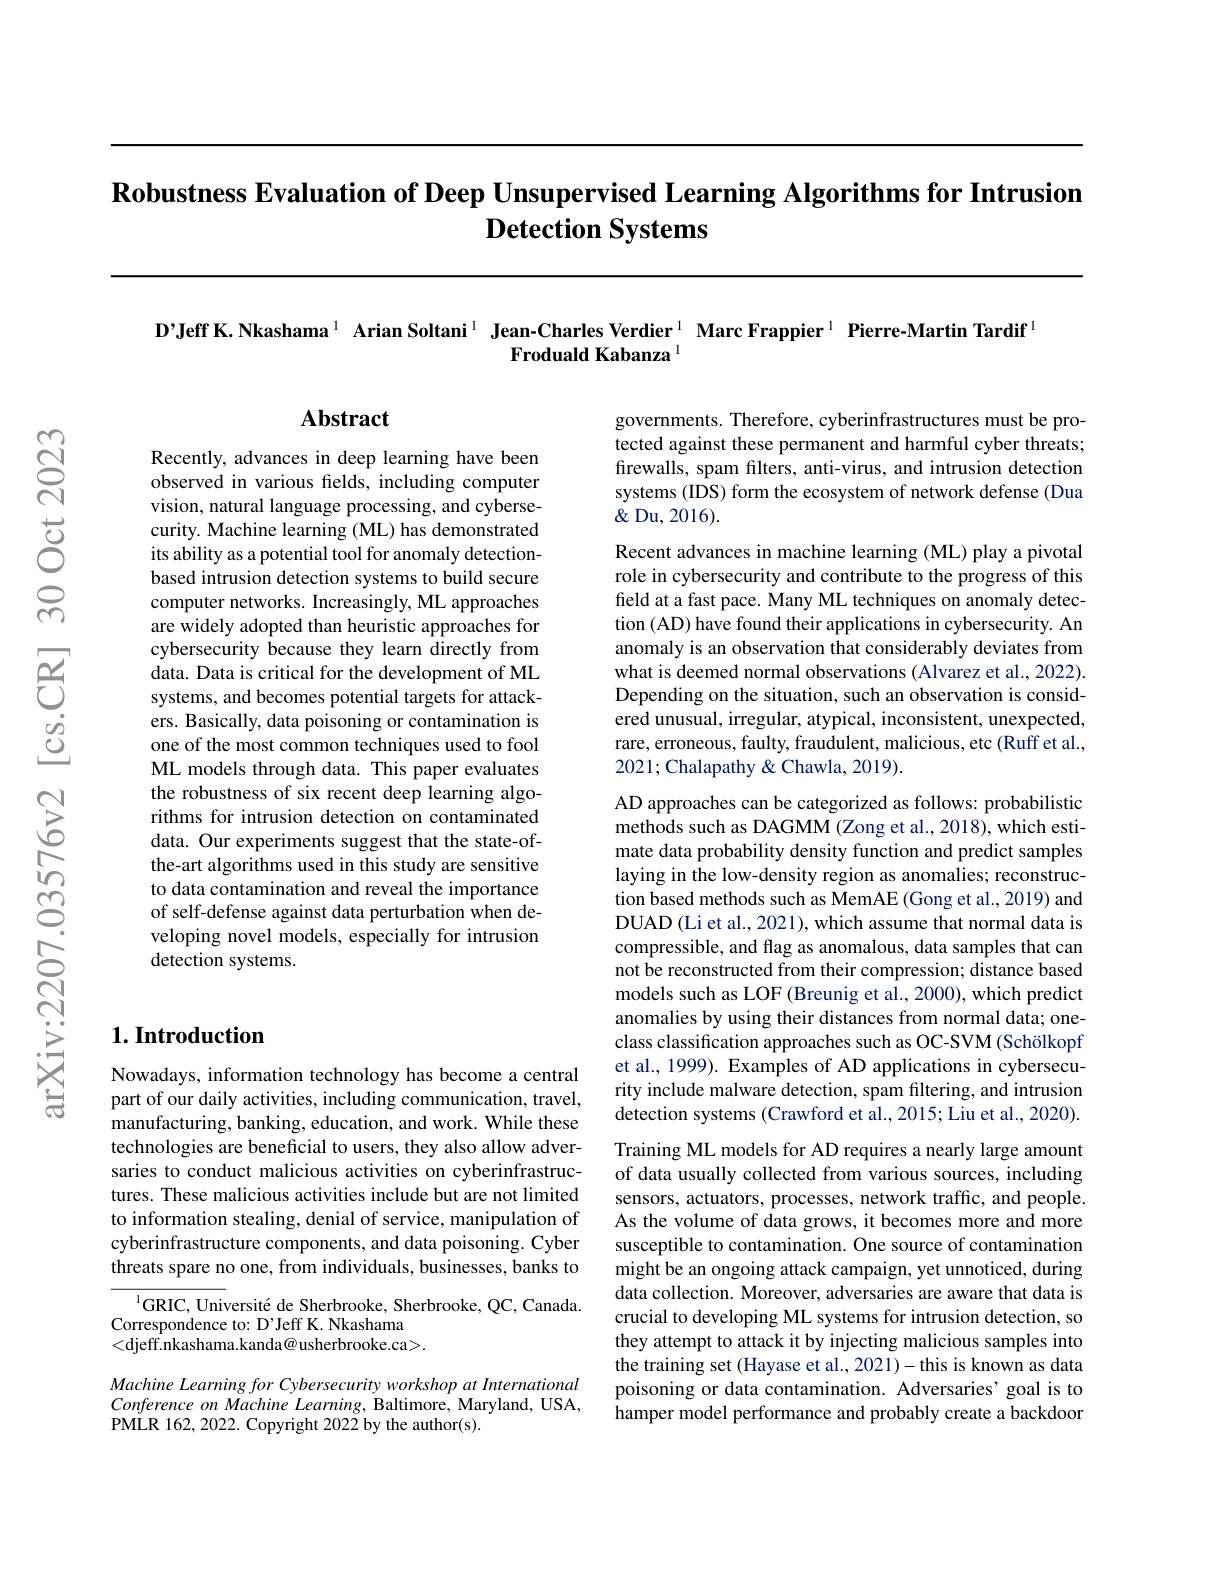
# $\textbf{Robustness Evaluation of Deep Unsupervised Learning Algorithms for Intrusion}$ $\textbf{Detection Systems}$

D’Jeff K.Nkashama$^{1}$ Arian Soltani$^{1}$ Jean-Charles Verdier$^{1}$ Marc Frappier$^{1}$ Pierre-Martin Tardif$^{1}$
Froduald Kabanza

## Abstract

governments. Therefore, cyberinfrastructures must be protected against these permanent and harmful cyber threats; firewalls, spam filters, anti-virus, and intrusion detection systems (IDS) form the ecosystem of network defense (Dua $\&$ Du, 2016).

Recent advances in machine learning (ML) play a pivotal role in cybersecurity and contribute to the progress of this field at a fast pace. Many ML techniques on anomaly detection (AD) have found their applications in cybersecurity. An anomaly is an observation that considerably deviates from what is deemed normal observations (Alvarez et al., 2022). Depending on the situation, such an observation is considered unusual, irregular, atypical, inconsistent, unexpected, rare, erroneous, faulty, fraudulent, malicious, etc (Ruff et al., 2021;Chalapathy & Chawla, 2019).

Recently, advances in deep learning have been observed in various fields, including computer vision, natural language processing, and cybersecurity. Machine learning (ML) has demonstrated its ability as a potential tool for anomaly detectionbased intrusion detection systems to build secure computer networks. Increasingly, ML approaches are widely adopted than heuristic approaches for cybersecurity because they learn directly from data. Data is critical for the development of ML systems, and becomes potential targets for attackers. Basically, data poisoning or contamination is one of the most common techniques used to fool ML models through data. This paper evaluates the robustness of six recent deep learning algorithms for intrusion detection on contaminated data. Our experiments suggest that the state-ofthe-art algorithms used in this study are sensitive to data contamination and reveal the importance of self-defense against data perturbation when developing novel models, especially for intrusion detection systems.

## $1. \textbf{Introduction}$

AD approaches can be categorized as follows: probabilistic methods such as DAGMM (Zong et al., 2018), which estimate data probability density function and predict samples laying in the low-density region as anomalies; reconstruction based methods such as MemAE (Gong et al., 2019) and DUAD (Li et al., 2021), which assume that normal data is compressible, and flag as anomalous, data samples that can not be reconstructed from their compression; distance based models such as LOF (Breunig et al., 2000), which predict anomalies by using their distances from normal data; oneclass classification approaches such as OC-SVM (Schölkopf et al., 1999). Examples of AD applications in cybersecurity include malware detection, spam filtering, and intrusion detection systems (Crawford et al., 2015; Liu et al., 2020). Training ML models for AD requires a nearly large amount of data usually collected from various sources, including sensors, actuators, processes, network traffic, and people. As the volume of data grows, it becomes more and more susceptible to contamination. One source of contamination might be an ongoing attack campaign, yet unnoticed, during data collection. Moreover, adversaries are aware that data is crucial to developing ML systems for intrusion detection, so they attempt to attack it by injecting malicious samples into the training set (Hayase et al., 2021)-this is known as data poisoning or data contamination. Adversaries' goal is to hamper model performance and probably create a backdoor

Nowadays, information technology has become a central part of our daily activities, including communication, travel, manufacturing, banking, education, and work. While these technologies are beneficial to users, they also allow adversaries to conduct malicious activities on cyberinfrastructures. These malicious activities include but are not limited to information stealing, denial of service, manipulation of cyberinfrastructure components, and data poisoning. Cyber threats spare no one, from individuals, businesses, banks to

$^{1}$GRIC, Université de Sherbrooke, Sherbrooke, QC, Canada.
Correspondence to: D'Jeff K. Nkashama
<djeff.nkashama.kanda@usherbrooke.ca>.

Machine Learning for Cybersecurity workshop at International Conference on Machine Learning, Baltimore, Maryland, USA, PMLR 162, 2022. Copyright 2022 by the author(s).